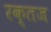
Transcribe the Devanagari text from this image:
रक्तज